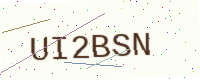
Text: UI2BSN